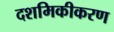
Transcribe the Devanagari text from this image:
दशमिकीकरण